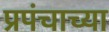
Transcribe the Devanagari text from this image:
प्रपंचाच्या